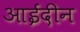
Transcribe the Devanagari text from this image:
आईदीन